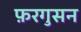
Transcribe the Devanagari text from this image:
फ़रगुसन